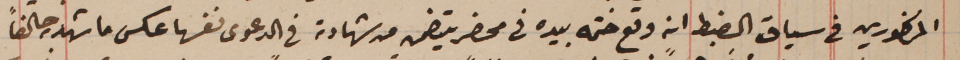
المذكورين فى سياق الضبط انه وقع ختمه بيده فى محضر يتضمن من شهادته فى الدعوى نفسها عكس ما شهد به حالفاً